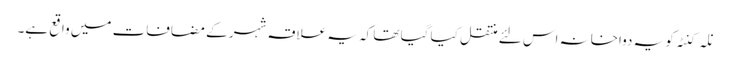
نلہ کنٹہ کو یہ دواخانہ اس لئے منتقل کیا گیا تھا کہ یہ علاقہ شہر کے مضافات میں واقع ہے۔